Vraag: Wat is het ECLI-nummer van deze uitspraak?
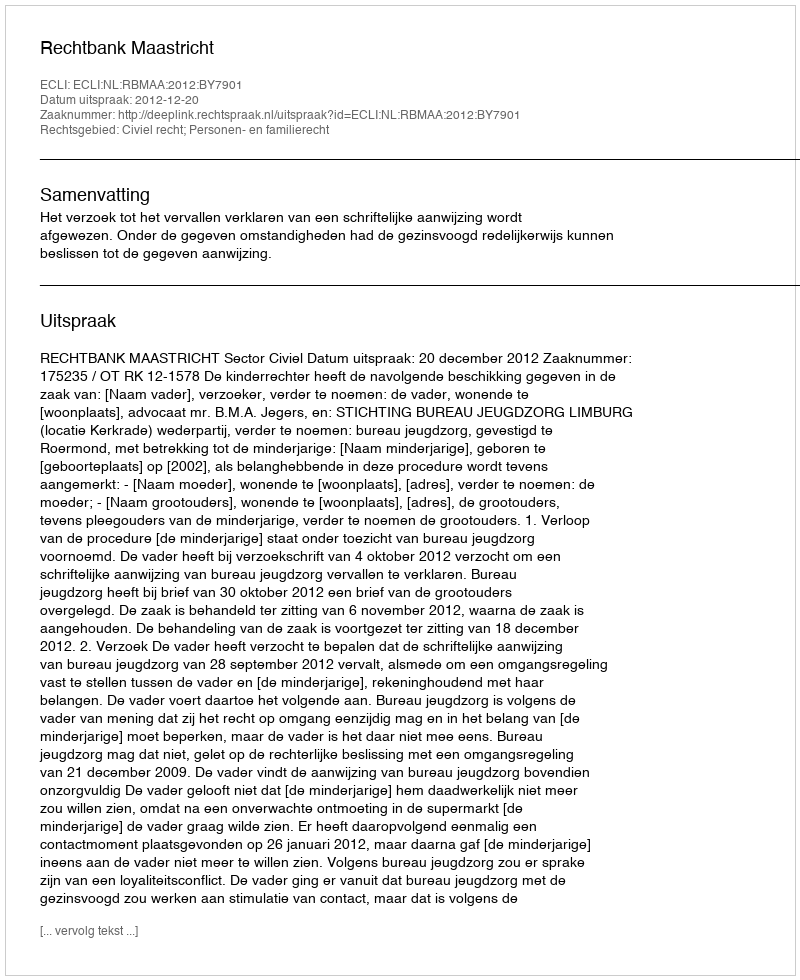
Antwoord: ECLI:NL:RBMAA:2012:BY7901